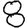
Digit: 8